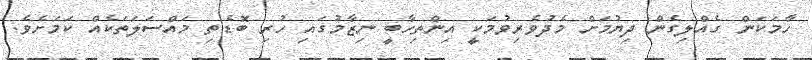
ހާމަކަން ގެއްލިގެން ދިޔުމަށް މެދުވެރިވުމަކީ އިންތިހާބީ ނިޒާމުގައި ހުރި ބޮޑެތި މައްސަލަތަކެއް ކަމަށެވެ.